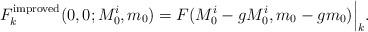
LaTeX: \begin{align*}F^{\rm improved}_{k}(0,0;M^i_0,m_0)= F(M^i_0 - gM^i_0,m_0 - gm_0)\Big|_k.\end{align*}